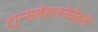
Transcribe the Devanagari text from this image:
ट्रान्सलेशननेघेतले